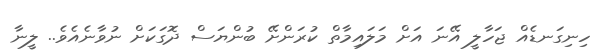
ހިނިގަނޑެއް ޖަހާލީ އޭނަ އަށް މަލައިމާތް ކުރަންށޭ ބުންޔަސް ދޮގަކަށް ނުވާނެއެވެ.. ލީނާ